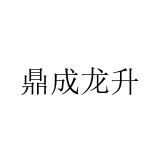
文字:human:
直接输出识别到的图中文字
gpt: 鼎成龙升